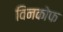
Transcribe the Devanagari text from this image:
विनकोफ